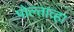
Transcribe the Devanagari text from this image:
पोल्ताव्हा